Report on vaccination for the Province of Oudh 1873 -
Year: 1873
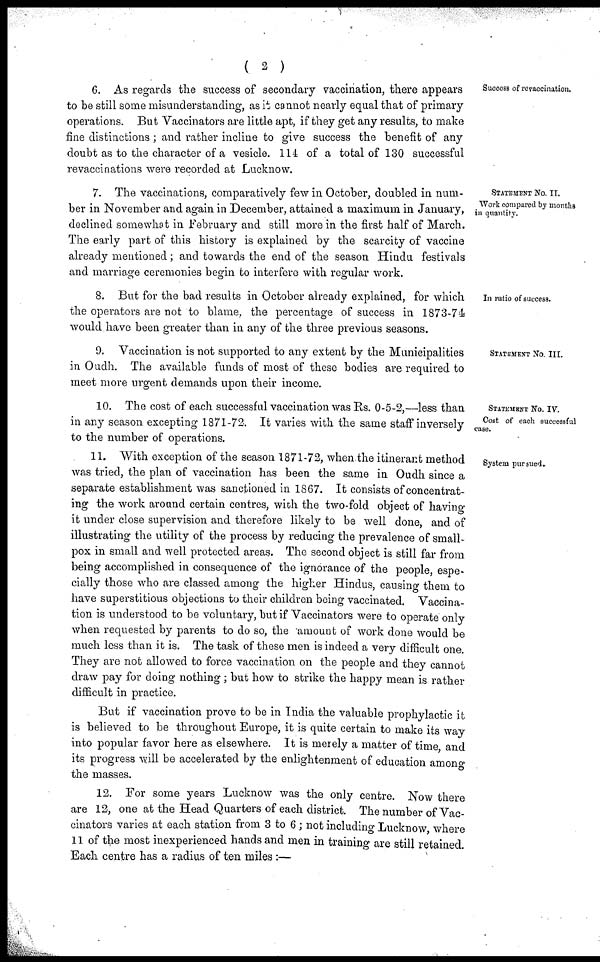
( 2 )
Success of revaccination.
6. As regards the success of secondary vaccination, there appears
to be still some misunderstanding, as it cannot nearly equal that of primary
operations. But Vaccinators are little apt, if they get any results, to make
fine distinctions ; and rather incline to give success the benefit of any
doubt as to the character of a vesicle. 114 of a total of 130 successful
revaccinations were recorded at Lucknow.
STATEMENT No. II.
Work compared by months
in quantity.
7. The vaccinations, comparatively few in October, doubled in num-
ber in November and again in December, attained a maximum in January,
declined somewhat in February and still more in the first half of March.
The early part of this history is explained by the scarcity of vaccine
already mentioned; and towards the end of the season Hindu festivals
and marriage ceremonies begin to interfere with regular work.
In ratio of success.
8. But for the bad results in October already explained, for which
the operators are not to blame. the percentage of success in 1873-74
would have been greater than in any of the three previous seasons.
STATEMENT No. III.
9. Vaccination is not supported to any extent by the Municipalities
in Oudh. The available funds of most of these bodies are required to
meet more urgent demands upon their income.
STATEMENT No. IV.
Cost of each successful
case.
10. The cost of each successful vaccination was Rs. 0-5-2,—less than
in any season excepting 1871-72. It varies with the same staff inversely
to the number of operations.
System pursued.
11. With exception of the season 1871-72, when the itinerant method
was tried, the plan of vaccination has been the same in Oudh since a
separate establishment was sanctioned in 1867. It consists of concentrat-
ing the work around certain centres, with the two-fold object of having
it under close supervision and therefore likely to be well done, and of
illustrating the utility of the process by reducing the prevalence of small-
pox in small and well protected areas. The second object is still far from
being accomplished in consequence of the ignorance of the people, espe-
cially those who are classed among the higher Hindus, causing them to
have superstitious objections to their children being vaccinated. Vaccina-
tion is understood to be voluntary, but if Vaccinators were to operate only
when requested by parents to do so, the amount of work done would be
much less than it is. The task of these men is indeed a very difficult one.
They are not allowed to force vaccination on the people and they cannot
draw pay for doing nothing; but how to strike the happy mean is rather
difficult in practice.
But if vaccination prove to be in India the valuable prophylactic it
is believed to be throughout Europe, it is quite certain to make its way
into popular favor here as elsewhere. It is merely a matter of time and
its progress will be accelerated by the enlightenment of education among
the masses.
12. For some years Lucknow was the only centre. Now there
are 12, one at the Head Quarters of each district. The number of Vac-
cinators varies at each station from 3 to 6 ; not including Lucknow where
11 of the most inexperienced hands and men in training are still retained.
Each centre has a radius of ten miles :—